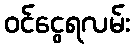
ဝင်ငွေရလမ်း